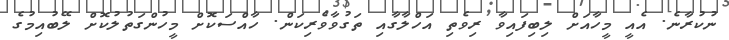
ނުކުރާނެ. އެއީ މީހާއަށް ލިބިފައިވާ ރިވެތި އަހްލާގާއި ތަގުވާވެރިކަން. ހާއްސަކޮށް މީހުންގަތުލުކޮށް ލޭބުއިމުގެ